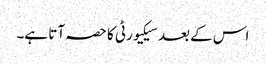
اس کے بعد سیکیورٹی کا حصہ آتا ہے۔